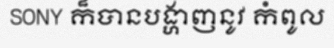
SONY ក៏បានបង្ហាញនូវ កំពូល